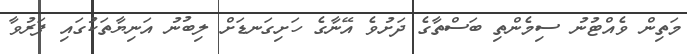
މަތިން ވެއްޓުނު ސިމެންތި ބަސްތާގެ ދަށުވެ އޭނާގެ ހަށިގަނޑަށް ލިބުނު އަނިޔާތަކުގައި ފަރުވާ